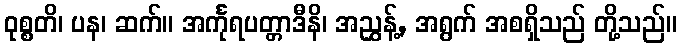
ဝုစ္စတိ၊ ပန၊ ဆက်။ အင်္ကုရပတ္တာဒီနိ၊ အညွှန့်, အရွက် အစရှိသည် တို့သည်။